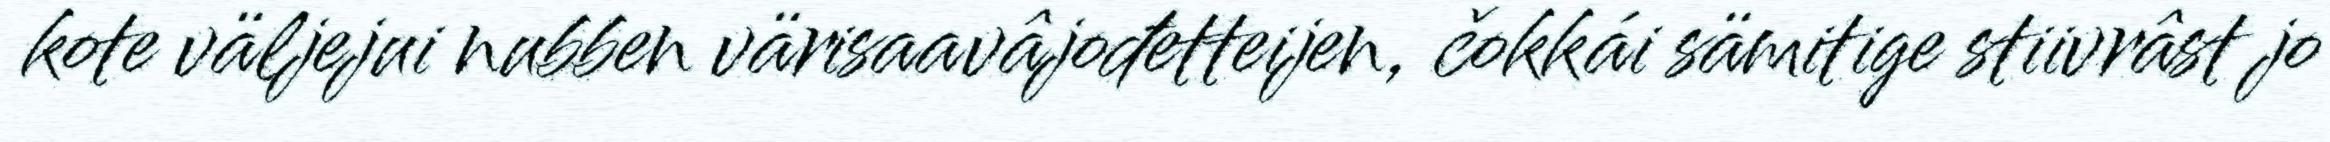
kote väljejui nubben värisaavâjođetteijen, čokkái sämitige stiivrâst jo